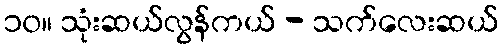
၁၀။ သုံးဆယ်လွန်ကယ် - သက်လေးဆယ်